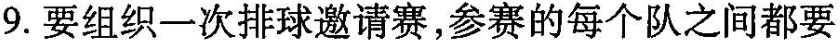
9.要组织一次排球邀请赛，参赛的每个队之间都要